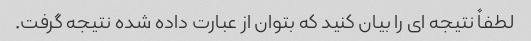
لطفاً نتیجه ای را بیان کنید که بتوان از عبارت داده شده نتیجه گرفت.